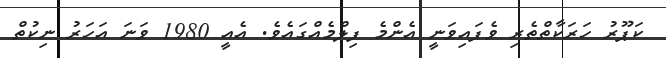
ކަޕޫރު ހަރަކާތްތެރި ވެފައިވަނީ އެންމެ ފިލްމެއްގައެވެ. އެއީ 1980 ވަަނަ އަހަރު ނިކުތް